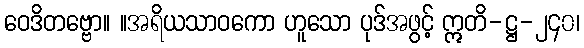
ဝေဒိတဗ္ဗော။ ။အရိယသာဝကော ဟူသော ပုဒ်အဖွင့် ဣတိ-ဋ္ဌ-၂၄၀၊